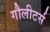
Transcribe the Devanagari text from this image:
गौलीटर्स